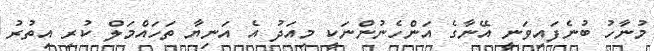
މުނާހު ބުނެފައިވަނީ އޭނާގެ އަންހެނުންނަކީ މިއަދު އެ އަނިޔާ ތަހައްމަލް ކުރި އިތުރު